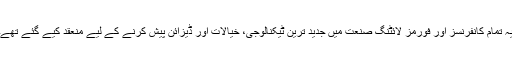
یہ تمام کانفرنسز اور فورمز لائٹنگ صنعت میں جدید ترین ٹیکنالوجی، خیالات اور ڈیزائن پیش کرنے کے لیے منعقد کیے گئے تھے۔